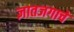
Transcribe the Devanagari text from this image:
ज्ञातजगाचे